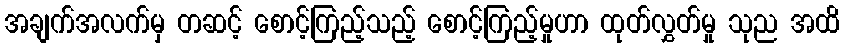
အချက်အလက်မှ တဆင့် စောင့်ကြည့်သည့် စောင့်ကြည့်မှုဟာ ထုတ်လွှတ်မှု သုည အထိ